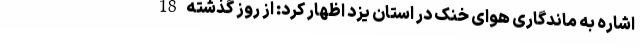
اشاره به ماندگاری هوای خنک در استان یزد اظهار کرد: از روز گذشته 18